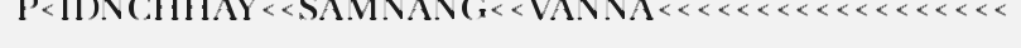
P<IDNCHHAY<<SAMNANG<<VANNA<<<<<<<<<<<<<<<<<<